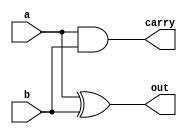
`ifndef _hhalfadder_h_
`define _hhalfadder_h_

`timescale 1ns / 1ps
//////////////////////////////////////////////////////////////////////////////////
// Company: 
// Engineer: 
// 
// Design Name: 
// Module Name:    HalfAdder 
// Project Name: 
// Target Devices: 
// Tool versions: 
// Description: 
//
// Dependencies: 
//
// Revision: 
// Revision 0.01 - File Created
// Additional Comments: 
//
//////////////////////////////////////////////////////////////////////////////////
module hHalfAdder(
    input a,
    input b,
	 output carry,
    output out
    );
	
	assign carry = a & b;
	assign out = a ^ b;

endmodule

`endif